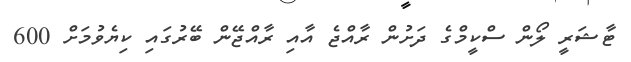
ޓާޝަރީ ލޯން ސްކީމްގެ ދަށުން ރާއްޖެ އާއި ރާއްޖޭން ބޭރުގައި ކިޔެވުމަށް 600